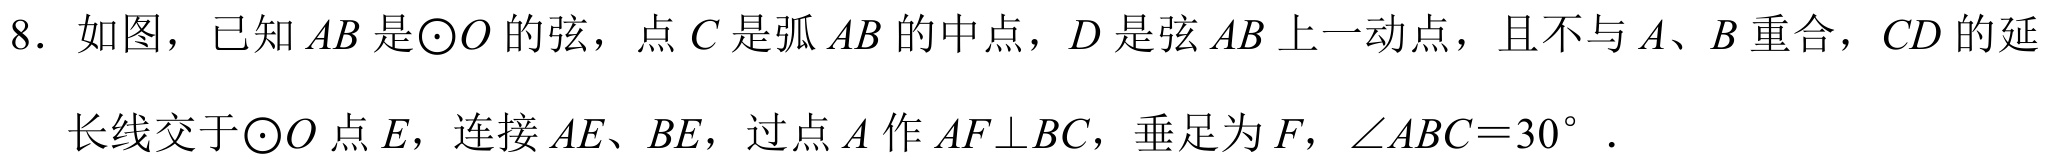
8. 如图，已知\(AB\)是\(\odot O\)的弦，点\(C\)是弧\(AB\)的中点，\(D\)是弦\(AB\)上一动点，且不与\(A\)、\(B\)重合，\(CD\)的延长线交于\(\odot O\)点\(E\)，连接\(AE\)、\(BE\)，过点\(A\)作\(AF\perp BC\)，垂足为\(F\)，\(\angle ABC = 30^{\circ}\) .